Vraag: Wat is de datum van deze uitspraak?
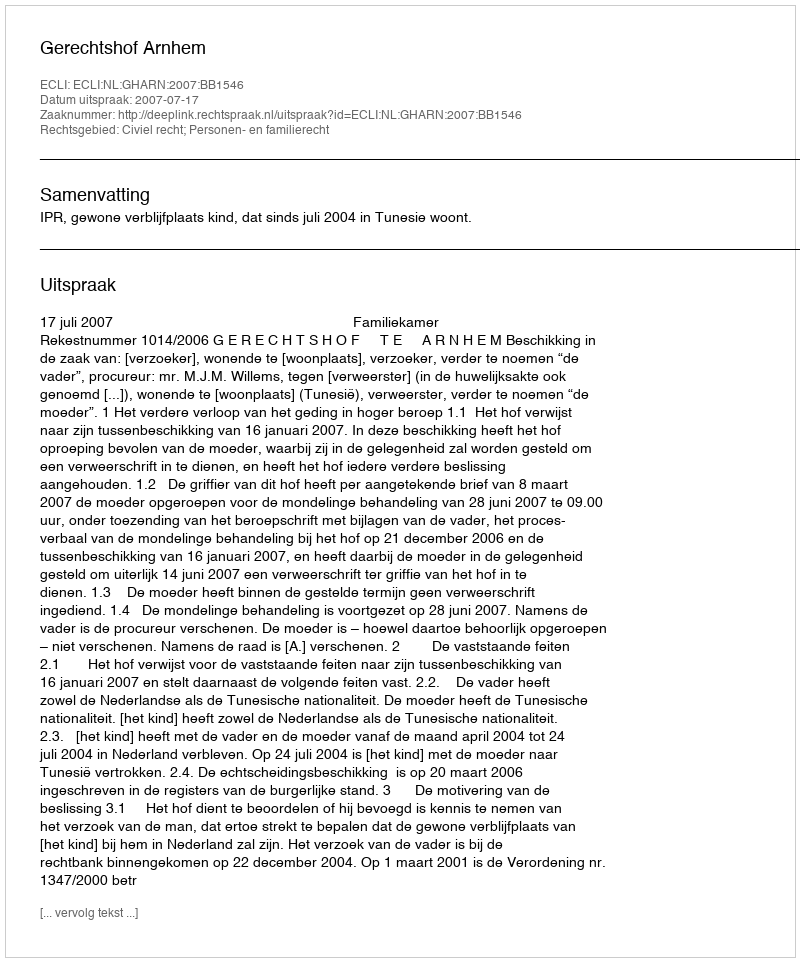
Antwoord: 2007-07-17